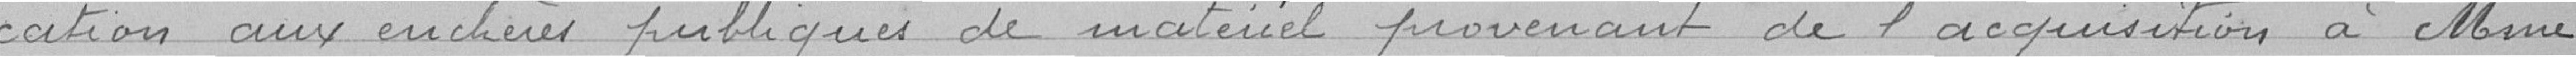
-cation aux enchères publiques de matériel provenant de l'acquisition à Mme